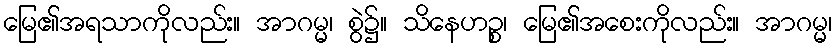
မြေ၏အရသာကိုလည်း။ အာဂမ္မ၊ စွဲ၌။ သိနေဟဉ္စ၊ မြေ၏အစေးကိုလည်း။ အာဂမ္မ၊